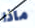
ماذا